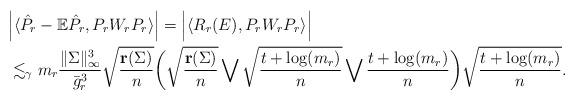
LaTeX: \begin{align*}&\Bigl|\langle \hat P_r - \mathbb E \hat P_r, P_rW_rP_r\rangle\Bigr|=\Bigl|\langle R_r(E), P_rW_rP_r\rangle\Bigr| \\&\lesssim_{\gamma}m_r \frac{\|\Sigma\|_{\infty}^3}{\bar g_r^3}\sqrt{\frac{{\bf r}(\Sigma)}{n}}\biggl(\sqrt{\frac{{\bf r}(\Sigma)}{n}}\bigvee \sqrt{\frac{t+\log(m_r)}{n}}\bigvee \frac{t+\log (m_r)}{n}\biggr)\sqrt{\frac{t+\log (m_r)}{n}}.\end{align*}